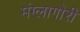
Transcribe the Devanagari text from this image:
मंग्लागोरी